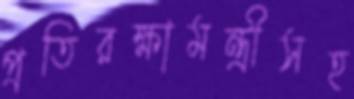
প্রতিরক্ষামন্ত্রীসহ